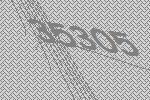
35305